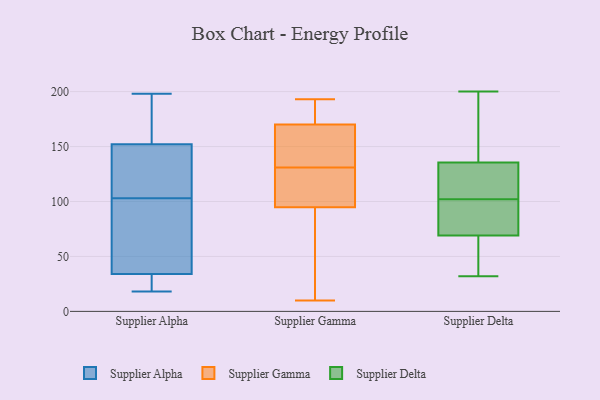
{"axis": {"x": "Satisfaction Score", "y": "Value"}, "legend": ["Supplier Alpha", "Supplier Delta", "Supplier Gamma"], "data": [{"x": "", "y": 198, "type": "Supplier Alpha"}, {"x": "", "y": 43, "type": "Supplier Alpha"}, {"x": "", "y": 120, "type": "Supplier Alpha"}, {"x": "", "y": 103, "type": "Supplier Alpha"}, {"x": "", "y": 19, "type": "Supplier Alpha"}, {"x": "", "y": 186, "type": "Supplier Alpha"}, {"x": "", "y": 158, "type": "Supplier Alpha"}, {"x": "", "y": 82, "type": "Supplier Alpha"}, {"x": "", "y": 172, "type": "Supplier Alpha"}, {"x": "", "y": 45, "type": "Supplier Alpha"}, {"x": "", "y": 30, "type": "Supplier Alpha"}, {"x": "", "y": 129, "type": "Supplier Alpha"}, {"x": "", "y": 108, "type": "Supplier Alpha"}, {"x": "", "y": 18, "type": "Supplier Alpha"}, {"x": "", "y": 134, "type": "Supplier Alpha"}, {"x": "", "y": 160, "type": "Supplier Alpha"}, {"x": "", "y": 58, "type": "Supplier Alpha"}, {"x": "", "y": 31, "type": "Supplier Alpha"}, {"x": "", "y": 29, "type": "Supplier Alpha"}, {"x": "", "y": 193, "type": "Supplier Gamma"}, {"x": "", "y": 125, "type": "Supplier Gamma"}, {"x": "", "y": 14, "type": "Supplier Gamma"}, {"x": "", "y": 67, "type": "Supplier Gamma"}, {"x": "", "y": 43, "type": "Supplier Gamma"}, {"x": "", "y": 130, "type": "Supplier Gamma"}, {"x": "", "y": 170, "type": "Supplier Gamma"}, {"x": "", "y": 131, "type": "Supplier Gamma"}, {"x": "", "y": 160, "type": "Supplier Gamma"}, {"x": "", "y": 170, "type": "Supplier Gamma"}, {"x": "", "y": 186, "type": "Supplier Gamma"}, {"x": "", "y": 10, "type": "Supplier Gamma"}, {"x": "", "y": 180, "type": "Supplier Gamma"}, {"x": "", "y": 104, "type": "Supplier Gamma"}, {"x": "", "y": 159, "type": "Supplier Gamma"}, {"x": "", "y": 108, "type": "Supplier Gamma"}, {"x": "", "y": 164, "type": "Supplier Gamma"}, {"x": "", "y": 44, "type": "Supplier Delta"}, {"x": "", "y": 73, "type": "Supplier Delta"}, {"x": "", "y": 107, "type": "Supplier Delta"}, {"x": "", "y": 115, "type": "Supplier Delta"}, {"x": "", "y": 32, "type": "Supplier Delta"}, {"x": "", "y": 159, "type": "Supplier Delta"}, {"x": "", "y": 73, "type": "Supplier Delta"}, {"x": "", "y": 194, "type": "Supplier Delta"}, {"x": "", "y": 97, "type": "Supplier Delta"}, {"x": "", "y": 116, "type": "Supplier Delta"}, {"x": "", "y": 70, "type": "Supplier Delta"}, {"x": "", "y": 68, "type": "Supplier Delta"}, {"x": "", "y": 151, "type": "Supplier Delta"}, {"x": "", "y": 42, "type": "Supplier Delta"}, {"x": "", "y": 200, "type": "Supplier Delta"}, {"x": "", "y": 120, "type": "Supplier Delta"}]}